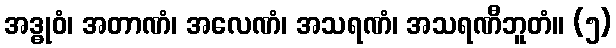
အဒ္ဓုဝံ၊ အတာဏံ၊ အလေဏံ၊ အသရဏံ၊ အသရဏီဘူတံ။ (၅)